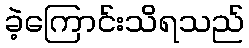
ခဲ့ကြောင်းသိရသည်